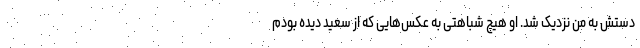
دستش به من نزدیک شد. او هیچ شباهتی به عکس‌هایی که از سعید دیده بودم